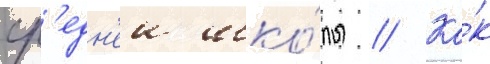
ср'едн'еи шко́лы // Ка́к